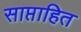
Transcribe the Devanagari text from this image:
साप्ताहित